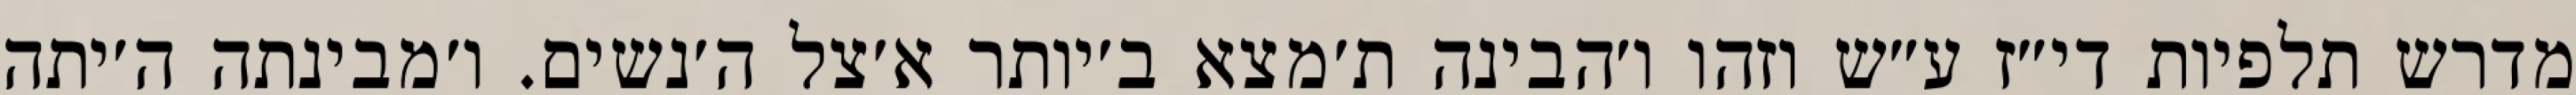
מדרש תלפיות די״ז ע״ש וזהו ו׳הבינה ת׳מצא ב׳יותר א׳צל ה׳נשים. ו׳מבינתה ה׳יתה